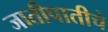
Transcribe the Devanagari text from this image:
जातीपातीचे